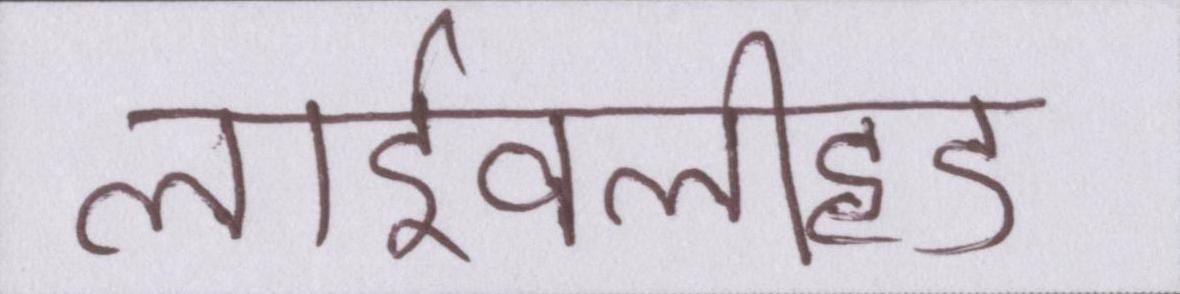
लाईवलीहुड